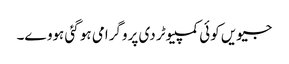
جیویں کوئی کمپیوٹر دی پروگرامی ہو گئی ہووے۔